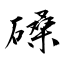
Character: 磉